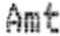
AMT